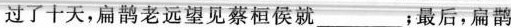
过了十天，扁鹊老远望见蔡桓侯就___；最后，扁鹊